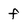
Character: f